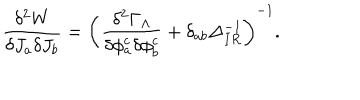
\frac { \delta ^ { 2 } W } { \delta J _ { a } \delta J _ { b } } = \left( \frac { \delta ^ { 2 } \Gamma _ { \Lambda } } { \delta \phi _ { a } ^ { c } \delta \phi _ { b } ^ { c } } + \delta _ { a b } \Delta _ { I R } ^ { - 1 } \right) ^ { - 1 } .